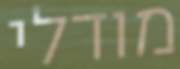
מודלי